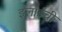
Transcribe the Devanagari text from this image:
इलाईंची